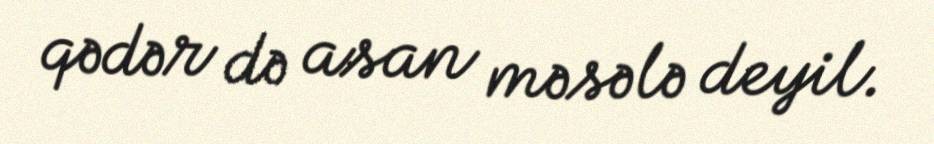
qədər də asan məsələ deyil.